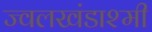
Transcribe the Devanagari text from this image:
ज्वलखंडाश्मी